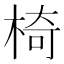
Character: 椅